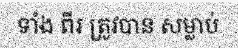
ទាំង ពីរ ត្រូវបាន សម្លាប់